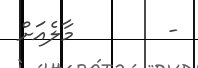
-        މާލެއަށް